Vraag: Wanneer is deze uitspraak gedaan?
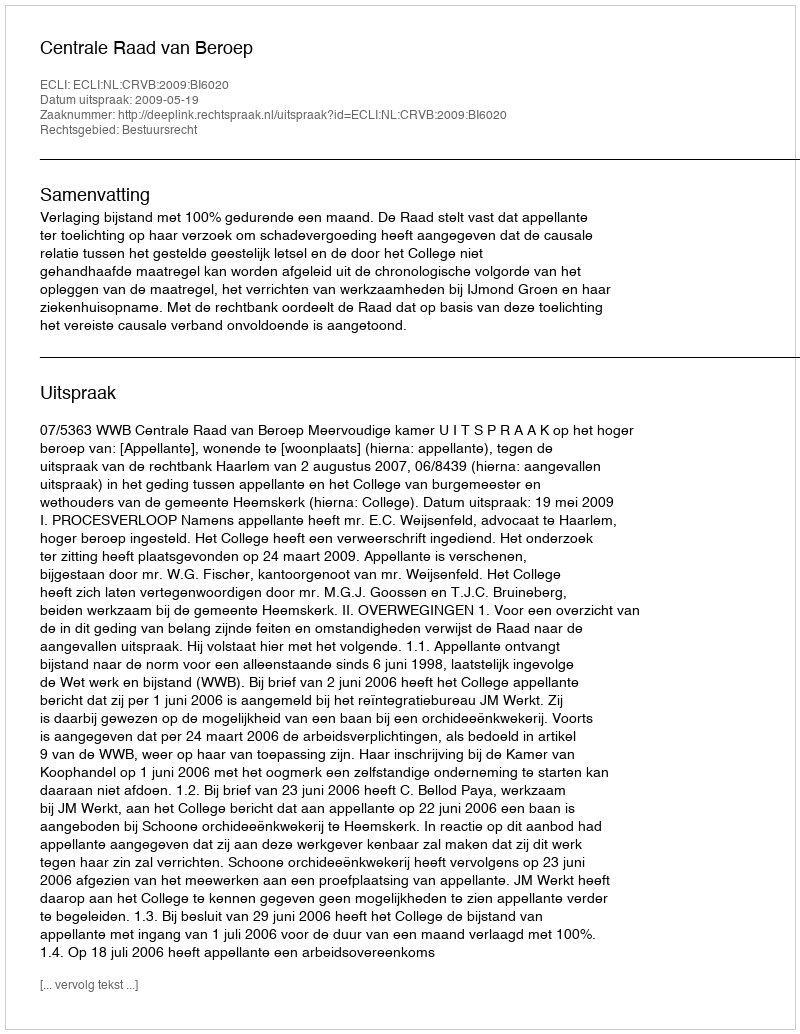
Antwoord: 2009-05-19